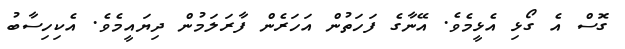
ގޮސް އެ ގޯޅި އެޅީމެވެ. އޭނާގެ ފަހަތުން އަހަރެން ފާރަލަމުން ދިޔައީމެވެ. އެކިހިސާބު